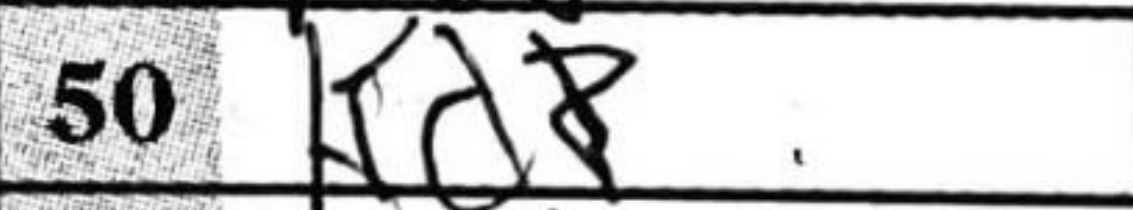
Transcription: Kd2